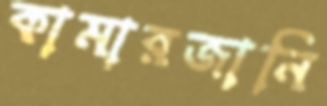
কামারজানি